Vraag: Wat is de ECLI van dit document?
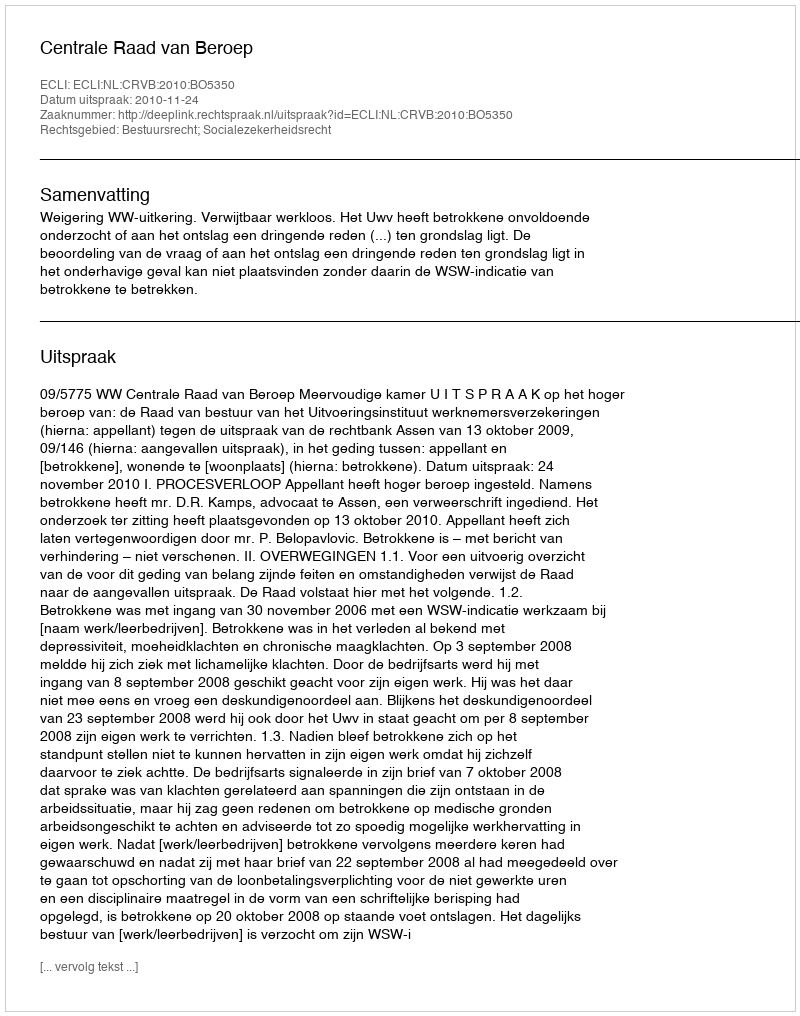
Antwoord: ECLI:NL:CRVB:2010:BO5350